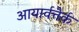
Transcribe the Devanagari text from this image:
आयार्वत्तैर्क